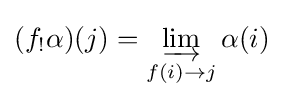
(f_{!}\alpha )(j)=\varinjlim _{f(i)\to j}\alpha (i)